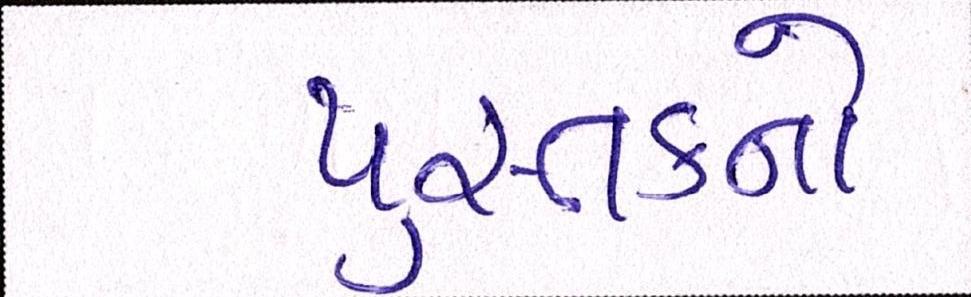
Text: પુસ્તકનો